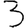
Digit: 3